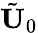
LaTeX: \tilde{\textbf{U}}_{0}